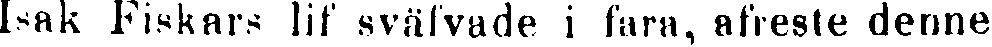
Isak Fiskars lif sväfvade i fara, afreste denne